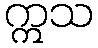
ဣသ